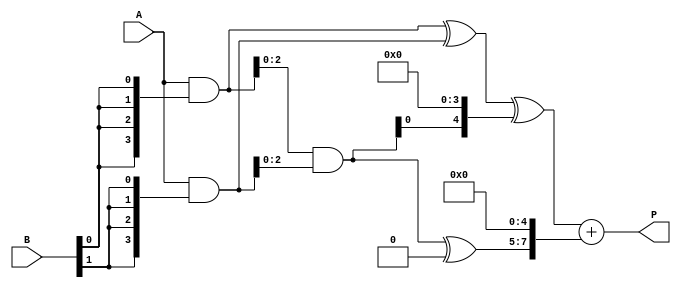
module WallaceTreeMultiplier #(parameter n = 4) (
    input [n-1:0] A,
    input [n-1:0] B,
    output [2*n-1:0] P
);

    // Partial Product Generation
    wire [n-1:0] Pp [0:n-1]; // Partial product array
    genvar i, j;
    generate
        for (i = 0; i < n; i = i + 1) begin: pp_gen
            assign Pp[i] = A & {n{B[i]}};
        end
    endgenerate

    // Stage 1: Reduce partial products
    wire [n-1:0] S1 [0:n-1];
    wire [n-1:0] C1 [0:n-2];
    generate
        for (i = 0; i < n-1; i = i + 1) begin: stage1
            if (i % 2 == 0) begin
                assign S1[i] = Pp[i] ^ Pp[i+1]; // Sum using XOR
                assign C1[i] = Pp[i] & Pp[i+1]; // Carry using AND
            end else begin
                assign S1[i] = 1'b0; // No sum for unused bits
                assign C1[i] = 1'b0; // No carry for unused bits
            end
        end
    endgenerate

    // Stage 2: Further reduce
    wire [n:0] S2 [0:n-1];
    wire [n:0] C2 [0:n-2];
    generate
        for (i = 0; i < n-1; i = i + 1) begin: stage2
            if (i % 2 == 0) begin
                assign S2[i] = {1'b0, S1[i]} ^ {C1[i], S1[i+1]}; // Sum
                assign C2[i] = {C1[i] & S1[i+1], C1[i] ^ S1[i+1]}; // Carry
            end else begin
                assign S2[i] = 1'b0;
                assign C2[i] = 1'b0;
            end
        end
    endgenerate

    // Stage 3: Final Addition
    wire [2*n-1:0] final_sum;
    wire [2*n-1:0] final_carry;

    // Combining the last two outputs
    assign final_sum = {1'b0, S2[0]} + {C2[0], S2[1]};

    // Final product assignment
    assign P = final_sum;

endmodule